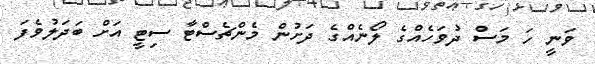
ވަނީ ހަ މަސް ދުވަހެއްގެ ލޯނެއްގެ ދަށުން މެންޗެސްޓާ ސިޓީ އަށް ބަދަލުވެފަ